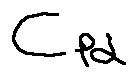
c _ { p d }